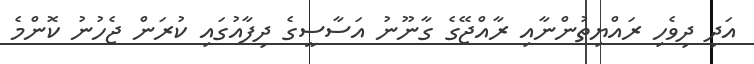
އަދި ދިވެހި ރައްޔިތުންނާއި ރާއްޖޭގެ ގާނޫނު އަސާސީގެ ދިފާއުގައި ކުރަން ޖެހުނު ކޮންމެ